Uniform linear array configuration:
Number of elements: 48
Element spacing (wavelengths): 1
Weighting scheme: uniform
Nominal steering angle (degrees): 30
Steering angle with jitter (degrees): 31.853
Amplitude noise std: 0.05
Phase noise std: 0.05

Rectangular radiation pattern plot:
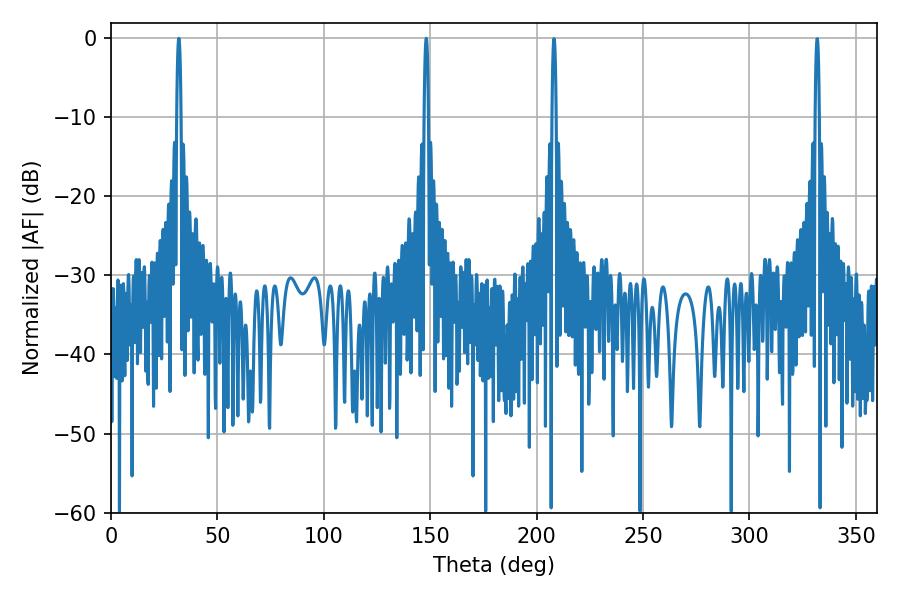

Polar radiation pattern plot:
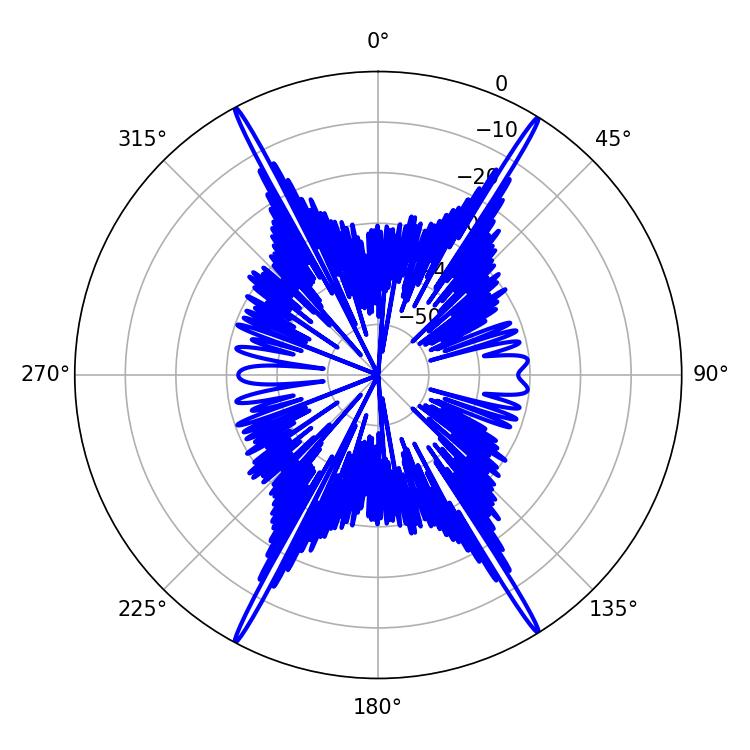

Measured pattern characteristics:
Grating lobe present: TRUE
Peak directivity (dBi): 27.495
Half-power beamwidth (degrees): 1.08
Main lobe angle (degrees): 31.86